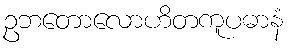
ဥဘတောလောဟိတကူပဓာနံ